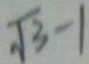
\sqrt { 3 } - 1